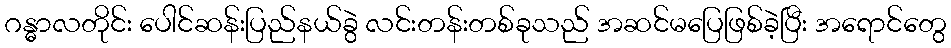
ဂန္ဓာလတိုင်း ပေါင်ဆန်းပြည်နယ်ခွဲ လင်းတန်းတစ်ခုသည် အဆင်မပြေဖြစ်ခဲ့ပြီး အရောင်တွေ